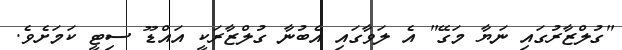
"ގުލްޒާރުގައި ނަޔާ މަގޭ" އެ ލަވާގައި އެބުނާ ގުލްޒާރަކީ އައްޑޫ ސިޓީ ކަމަށެވެ.